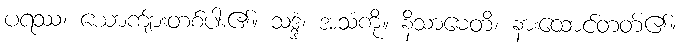
ပရဿ၊ ယောကျ်ားတစ်ပါး၏။ သဒ္ဒံ၊ အသံကို။ နိသာမေတိ၊ နားထောင်တတ်၏။